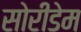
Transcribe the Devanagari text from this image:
सोरीडेम